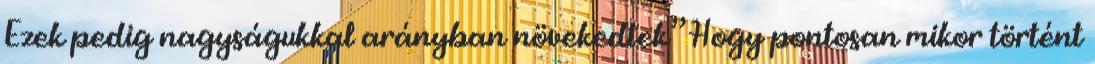
Ezek pedig nagyságukkal arányban növekedtek” Hogy pontosan mikor történt